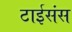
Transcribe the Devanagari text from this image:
टाईसंस